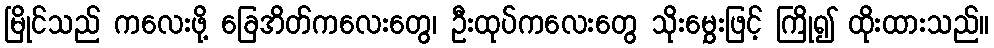
မြိုင်သည် ကလေးဖို့ ခြေအိတ်ကလေးတွေ၊ ဦးထုပ်ကလေးတွေ သိုးမွှေးဖြင့် ကြို၍ ထိုးထားသည်။